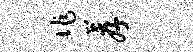
作荐